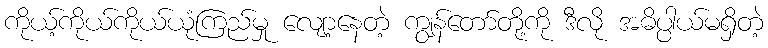
ကိုယ့်ကိုယ်ကိုယ်ယုံကြည်မှု လျော့နေတဲ့ ကျွန်တော်တို့ကို ဒီလို အဓိပ္ပါယ်မရှိတဲ့